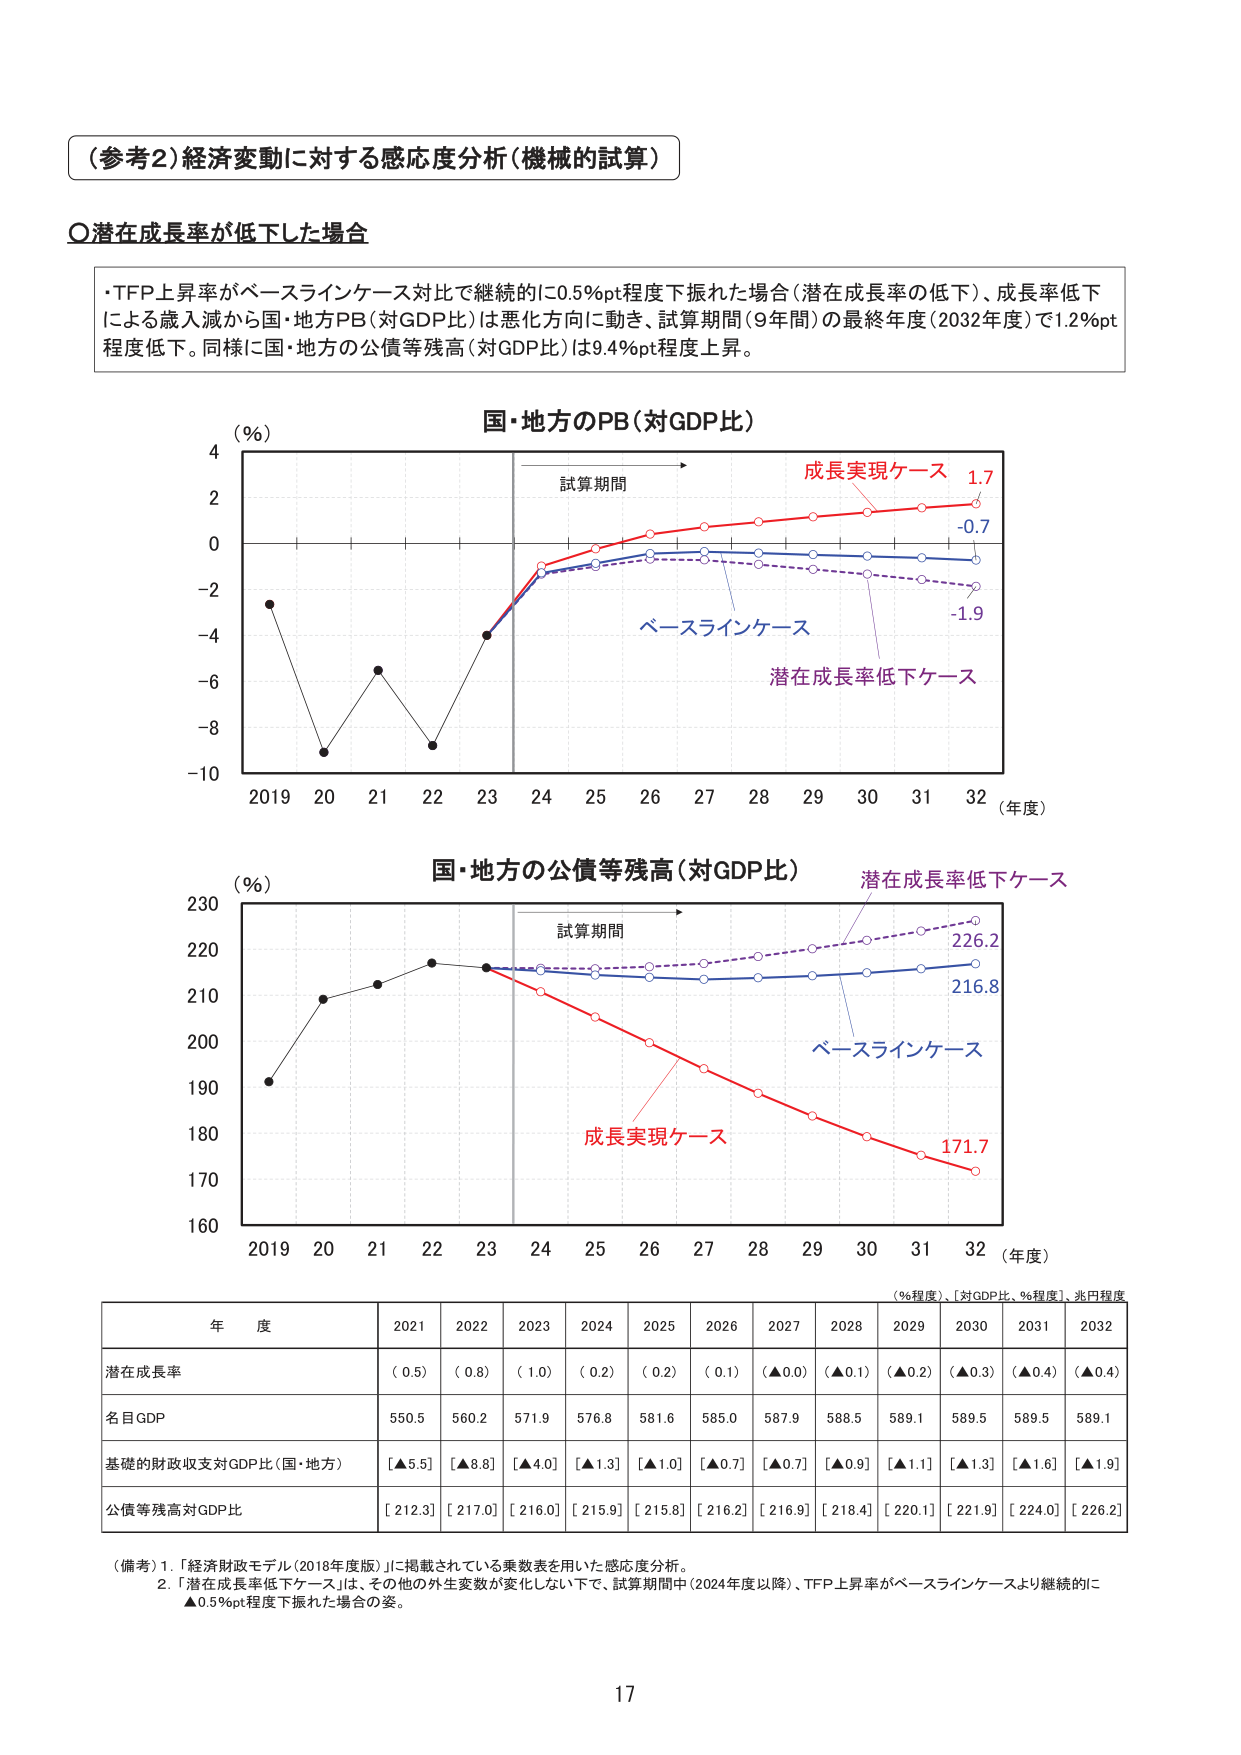
（参考2）経済変動に対する感応度分析（機械的試算）

〇潜在成長率が低下した場合

・TFP上昇率がベースラインケース対比で継続的に0.5％pt程度下振れた場合（潜在成長率の低下）、成長率低下による歳入減から国・地方PB（対GDP比）は悪化方向に動き、試算期間（9年間）の最終年度（2032年度）で1.2％pt程度低下。同様に国・地方の公債等残高（対GDP比）は9.4％pt程度上昇。

国・地方のPB（対GDP比）
（％）
2019 20 21 22 23 24 25 26 27 28 29 30 31 32（年度）
試算期間
成長実現ケース 1.7
-0.7
ベースラインケース
潜在成長率低下ケース
-1.9

国・地方の公債等残高（対GDP比）
（％）
230
220
210
200
190
180
170
160
2019 20 21 22 23 24 25 26 27 28 29 30 31 32（年度）
試算期間
潜在成長率低下ケース
226.2
216.8
成長実現ケース
171.7
ベースラインケース

（％程度）、［対GDP比、％程度］、兆円程度
年度 2021 2022 2023 2024 2025 2026 2027 2028 2029 2030 2031 2032
潜在成長率 （0.5） （0.8） （1.0） （0.2） （0.2） （0.1） （▲0.0） （▲0.1） （▲0.2） （▲0.3） （▲0.4） （▲0.4）
名目GDP 550.5 560.2 571.9 576.8 581.6 585.0 587.9 588.5 589.1 589.5 589.5 589.1
基礎的財政収支対GDP比（国・地方） [▲5.5] [▲8.8] [▲4.0] [▲1.3] [▲1.0] [▲0.7] [▲0.7] [▲0.9] [▲1.1] [▲1.3] [▲1.6] [▲1.9]
公債等残高対GDP比 [212.3] [217.0] [216.0] [215.9] [215.8] [216.2] [216.9] [218.4] [220.1] [221.9] [224.0] [226.2]

（備考）1. 「経済財政モデル（2018年度版）」に掲載されている乗数表を用いた感応度分析。
2. 「潜在成長率低下ケース」は、その他の外生変数が変化しない下で、試算期間中（2024年度以降）、TFP上昇率がベースラインケースより継続的に▲0.5％pt程度下振れた場合の姿。

17